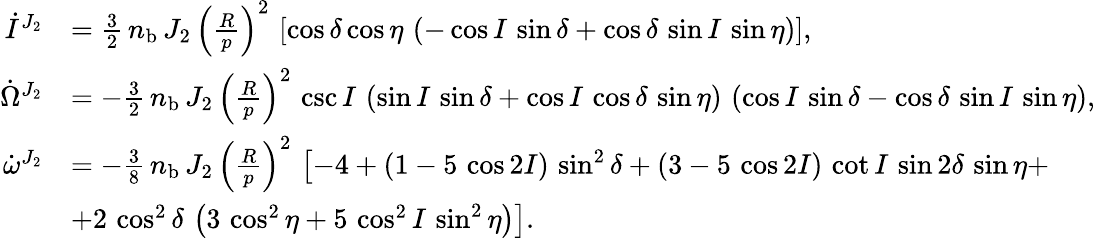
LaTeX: \begin{array}{rl}{\dot{I}^{J_{2}}}&{=\frac{3}{2}\, n_{\mathrm{b}}\, J_{2}\, \left(\frac{R}{p}\right)^{2}\, \left[\cos\delta\cos\eta\, \left(-\cos I\, \sin\delta+\cos\delta\, \sin I\, \sin\eta\right)\right],}\\ {\dot{\Omega}^{J_{2}}}&{=-\frac{3}{2}\, n_{\mathrm{b}}\, J_{2}\, \left(\frac{R}{p}\right)^{2}\, \csc I\, \left(\sin I\, \sin\delta+\cos I\, \cos\delta\, \sin\eta\right)\, \left(\cos I\, \sin\delta-\cos\delta\, \sin I\, \sin\eta\right),}\\ {\dot{\omega}^{J_{2}}}&{=-\frac{3}{8}\, n_{\mathrm{b}}\, J_{2}\, \left(\frac{R}{p}\right)^{2}\, \left[-4+\left(1-5\, \cos 2I\right)\, \sin^{2}\delta+\left(3-5\, \cos 2I\right)\, \cot I\, \sin 2\delta\, \sin\eta+\right.}\\ &{\left.+2\, \cos^{2}\delta\, \left(3\, \cos^{2}\eta+5\, \cos^{2}I\, \sin^{2}\eta\right)\right].}\end{array}